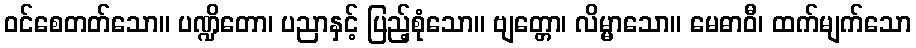
ဝင်စေတတ်သော။ ပဏ္ဍိတော၊ ပညာနှင့် ပြည့်စုံသော။ ဗျတ္တော၊ လိမ္မာသော။ မေဓာဝီ၊ ထက်မျက်သော